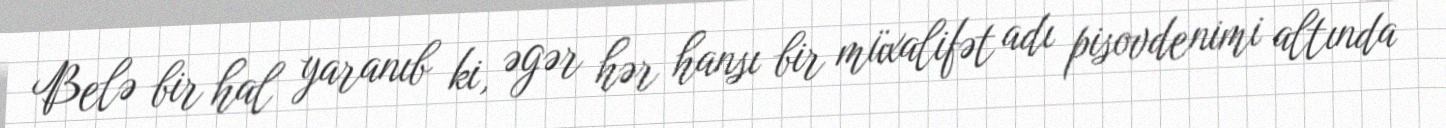
Belə bir hal yaranıb ki, əgər hər hansı bir müxalifət adı pisovdenimi altında